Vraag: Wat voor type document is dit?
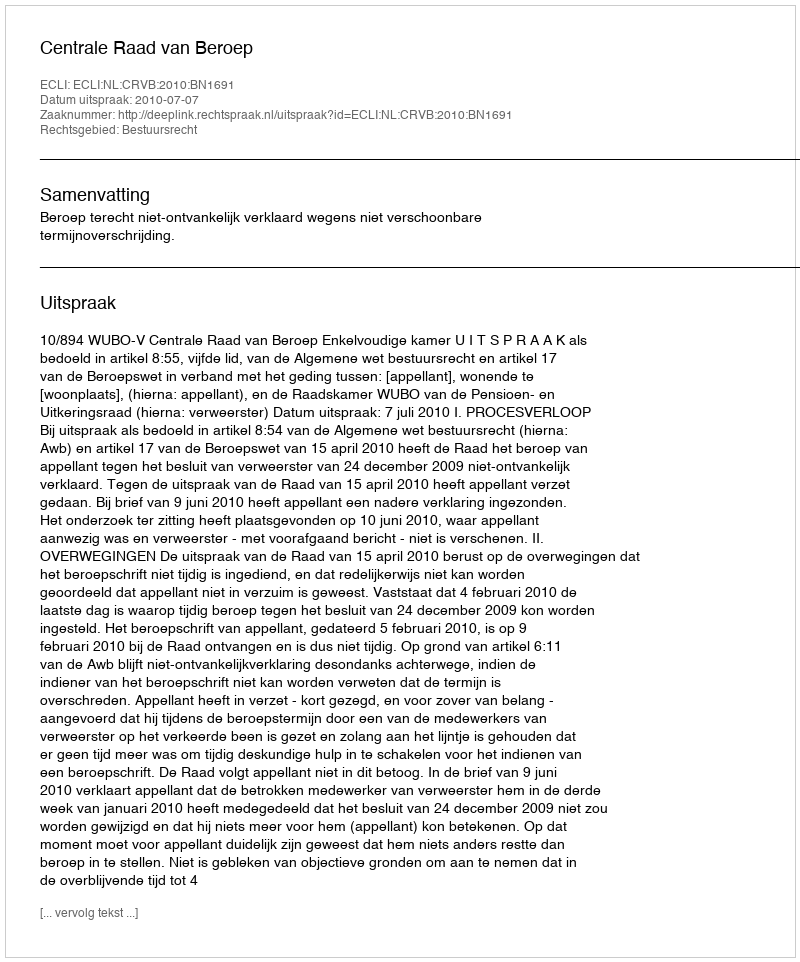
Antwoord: Uitspraak